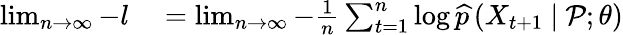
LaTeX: \begin{array}{rl}{\operatorname*{lim}_{n\to\infty}-{l}}&{{}=\operatorname*{lim}_{n\to\infty}-\frac{1}{n}\sum_{t=1}^{n}\log\widehat{p}\left(X_{t+1}~|~\mathcal{P};\theta\right)}\end{array}